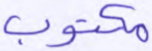
مكتوب